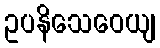
ဥပနိသေဝေယျ